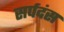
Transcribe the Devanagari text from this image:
सर्पदंस